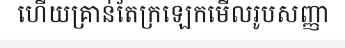
ហើយគ្រាន់តែក្រឡេកមើលរូបសញ្ញា